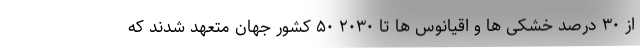
از ۳۰ درصد خشکی ها و اقیانوس ها تا ۲۰۳۰ ۵۰ کشور جهان متعهد شدند که